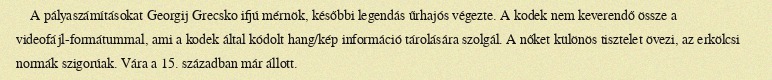
A pályaszámításokat Georgij Grecsko ifjú mérnök, későbbi legendás űrhajós végezte. A kodek nem keverendő össze a videofájl-formátummal, ami a kodek által kódolt hang/kép információ tárolására szolgál. A nőket különös tisztelet övezi, az erkölcsi normák szigorúak. Vára a 15. században már állott.